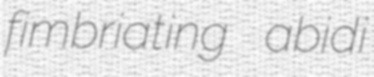
fimbriating abidi